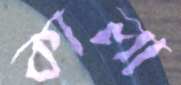
কালা